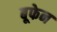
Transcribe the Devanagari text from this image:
बूफेन